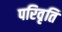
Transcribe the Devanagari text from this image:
परिवृति